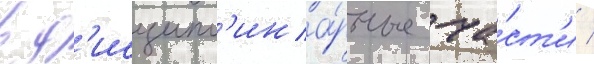
в д'исципл'ина́рные ча́ст'и /